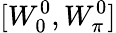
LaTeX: [W_{0}^{0},W_{\pi}^{0}]